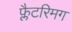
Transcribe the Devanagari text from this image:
फ्लैटरिमग